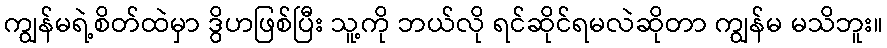
ကျွန်မရဲ့စိတ်ထဲမှာ ဒွိဟဖြစ်ပြီး သူ့ကို ဘယ်လို ရင်ဆိုင်ရမလဲဆိုတာ ကျွန်မ မသိဘူး။